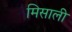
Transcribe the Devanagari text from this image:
मिसाली